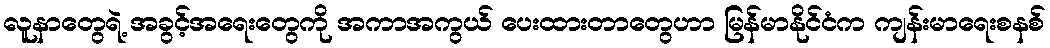
လူနာတွေရဲ့ အခွင့်အရေးတွေကို အကာအကွယ် ပေးထားတာတွေဟာ မြန်မာနိုင်ငံက ကျန်းမာရေးစနစ်